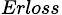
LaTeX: {_{Erloss}}